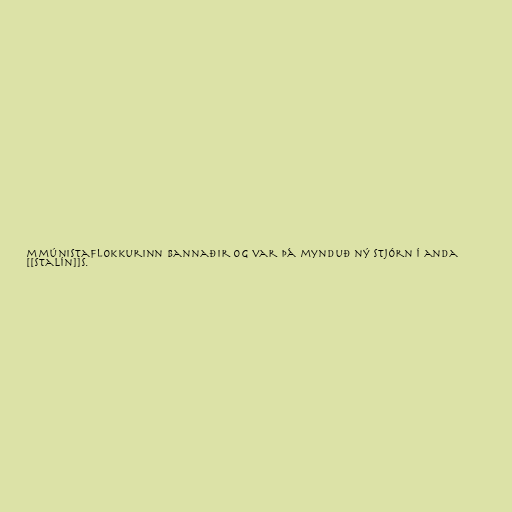
mmúnistaflokkurinn bannaðir og var þá mynduð ný stjórn í anda
[[Stalín]]s.